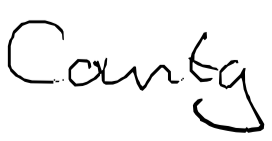
Text: County
Cross-out: clean
Writing tool: digital_black